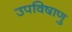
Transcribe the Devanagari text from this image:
उपविषाणु